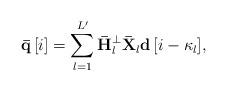
LaTeX: \begin{align*} {\bf{\bar q}}\left[ i \right] = \sum\limits_{l = 1}^{L'} {{{\bf{\bar H}}_{l}^ \bot {{{\bf{\bar X}}}_{l}}}{\bf{d}}\left[ {i - {\kappa _l}} \right]}, \end{align*}